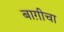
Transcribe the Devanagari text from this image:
बाग़ीचा